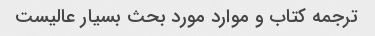
ترجمه کتاب و موارد مورد بحث بسیار عالیست